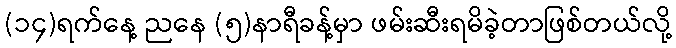
(၁၄)ရက်နေ့ ညနေ (၅)နာရီခန့်မှာ ဖမ်းဆီးရမိခဲ့တာဖြစ်တယ်လို့